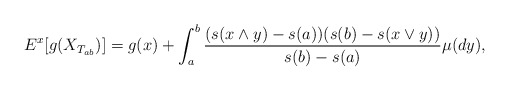
\begin{align*}E^x[g(X_{T_{ab}})]=g(x)+ \int_{a}^b \frac{(s(x\wedge y)-s(a))(s(b)-s(x\vee y))}{s(b)-s(a)}\mu(dy),\end{align*}